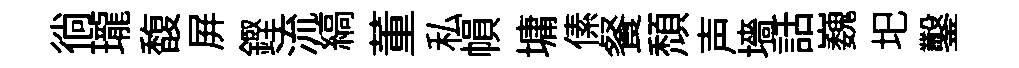
徜瓏馥屛鏗流縞董私𢄙墉傃餐頹声墻話巍圯鑿